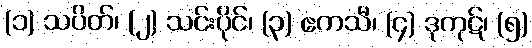
(၁) သပိတ်၊ (၂) သင်းပိုင်၊ (၃) ဧကသီ၊ (၄) ဒုကုဋ်၊ (၅)